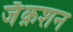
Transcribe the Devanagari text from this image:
जॅक़शन